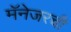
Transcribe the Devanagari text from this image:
मॅनेजरची